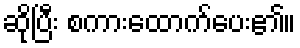
ဆိုပြီး စကားထောက်ပေး၏။